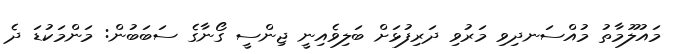
މައުލޫމާތު މުއްސަނދިވި މަރުވި ދަރިފުޅަށް ބަލިވެއިނީ ޖިންސީ ގޯނާގެ ސަބަބުން: މަންމަކުޑަ ދެ